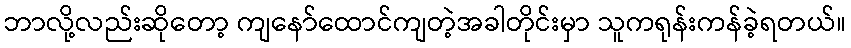
ဘာလို့လည်းဆိုတော့ ကျနော်ထောင်ကျတဲ့အခါတိုင်းမှာ သူကရုန်းကန်ခဲ့ရတယ်။